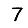
Digit: 7